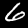
Digit: 6